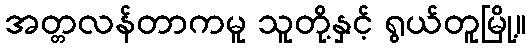
အတ္တလန်တာကမူ သူတို့နှင့် ရွယ်တူမြို့။